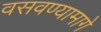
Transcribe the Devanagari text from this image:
वसवण्यामागे